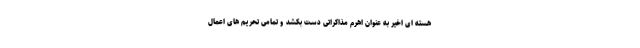
هسته ای اخیر به عنوان اهرم مذاکراتی دست بکشد و تمامی تحریم های اعمال